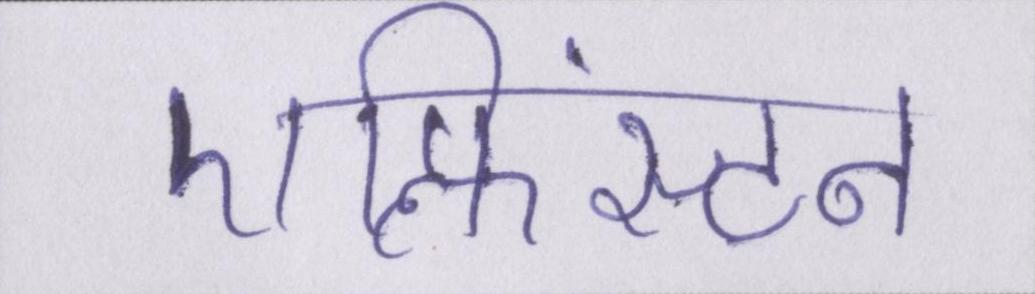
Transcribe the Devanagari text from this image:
एल्फिंस्टन